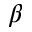
\beta